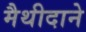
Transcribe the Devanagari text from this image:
मैथीदाने